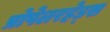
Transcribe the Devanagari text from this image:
प्रोपेलरहेड्स